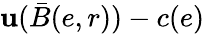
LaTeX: \mathbf{u}(\bar{{B}}(e,r))-c(e)